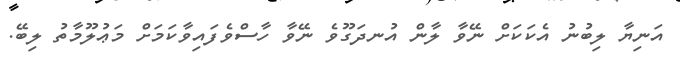
އަނިޔާ ލިބުނު އެކަކަށް ނޭވާ ލާން އުނދަގޫވެ ނޭވާ ހާސްވެފައިވާކަމަށް މަޢުލޫމާތު ލިބޭ.